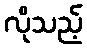
လိုသည့်